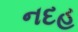
નદહ